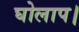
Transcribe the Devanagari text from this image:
घोलाप।